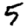
Digit: 5